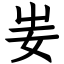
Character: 妛